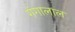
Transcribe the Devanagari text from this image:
गंगालाल